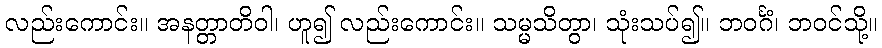
လည်းကောင်း။ အနတ္တာတိဝါ၊ ဟူ၍ လည်းကောင်း။ သမ္မသိတွာ၊ သုံးသပ်၍။ ဘဝင်္ဂံ၊ ဘဝင်သို့။